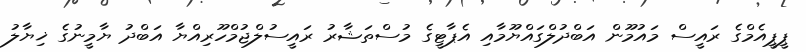
ޕީޕީއެމްގެ ރައީސް މައުމޫން އަބްދުލްގައްޔޫމާއި އެޕާޓީގެ މުސްތަޝާރު ރައީސުލްޖުމްހޫރިއްޔާ އަބްދު ޔާމީނުގެ ޚިޔާލު